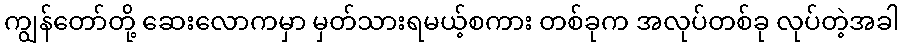
ကျွန်တော်တို့ ဆေးလောကမှာ မှတ်သားရမယ့်စကား တစ်ခုက အလုပ်တစ်ခု လုပ်တဲ့အခါ